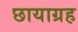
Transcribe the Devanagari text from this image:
छायाग्रह